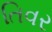
તિવર